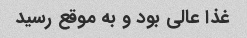
غذا عالی بود‌ و به موقع رسید